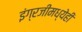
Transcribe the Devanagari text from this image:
इंग्रजीमध्येही